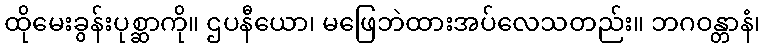
ထိုမေးခွန်းပုစ္ဆာကို။ ဌပနီယော၊ မဖြေဘဲထားအပ်လေသတည်း။ ဘဂဝန္တာနံ၊